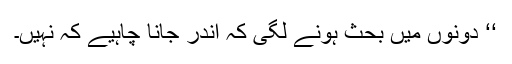
‘‘ دونوں میں بحث ہونے لگی کہ اندر جانا چاہیے کہ نہیں۔